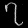
Digit: ၇